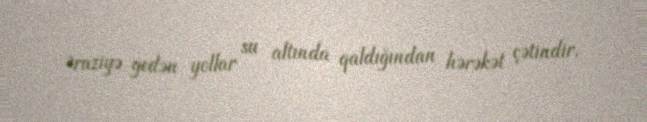
Əraziyə gedən yollar su altında qaldığından hərəkət çətindir.